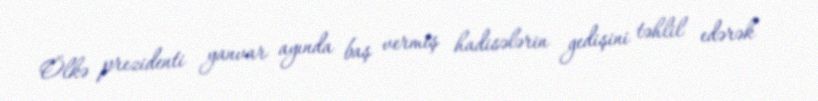
Ölkə prezidenti yanvar ayında baş vermiş hadisələrin gedişini təhlil edərək